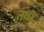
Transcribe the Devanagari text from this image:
तथ।